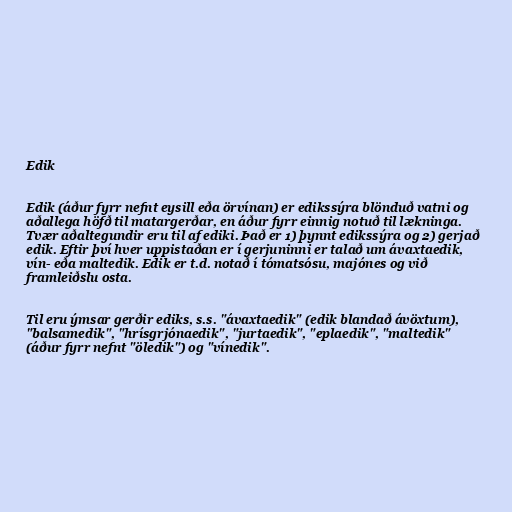
Edik

Edik (áður fyrr nefnt eysill eða örvínan) er edikssýra blönduð vatni og
aðallega höfð til matargerðar, en áður fyrr einnig notuð til lækninga.
Tvær aðaltegundir eru til af ediki. Það er 1) þynnt edikssýra og 2) gerjað
edik. Eftir því hver uppistaðan er í gerjuninni er talað um ávaxtaedik,
vín- eða maltedik. Edik er t.d. notað í tómatsósu, majónes og við
framleiðslu osta.

Til eru ýmsar gerðir ediks, s.s. "ávaxtaedik" (edik blandað ávöxtum),
"balsamedik", "hrísgrjónaedik", "jurtaedik", "eplaedik", "maltedik"
(áður fyrr nefnt "öledik") og "vínedik".